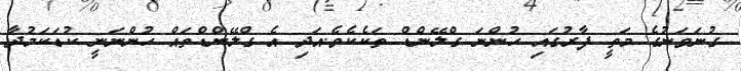
ގުނަވަނުގެ މަތީ ފާރުގައި ހުންނަ ގްލޭންޑް ތަކެކެވެ.އަދި އެ ގްލޭންޑްތައް ހުންނަނީ ކުޑަކަމުދާ